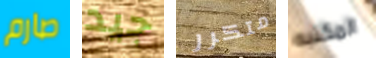
صارم جيد متكرر المكتبه